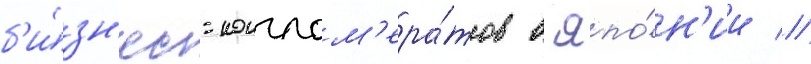
б'и́зн'ес-конглом'ера́тов в япо́н'ии //